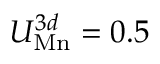
U _ { \mathrm { M n } } ^ { 3 d } = 0 . 5